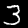
Digit: 3